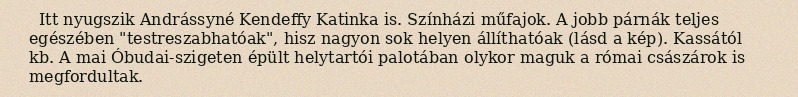
Itt nyugszik Andrássyné Kendeffy Katinka is. Színházi műfajok. A jobb párnák teljes egészében "testreszabhatóak", hisz nagyon sok helyen állíthatóak (lásd a kép). Kassától kb. A mai Óbudai-szigeten épült helytartói palotában olykor maguk a római császárok is megfordultak.